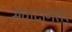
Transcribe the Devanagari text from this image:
संवादानंतर